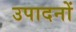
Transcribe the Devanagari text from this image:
उपादनों